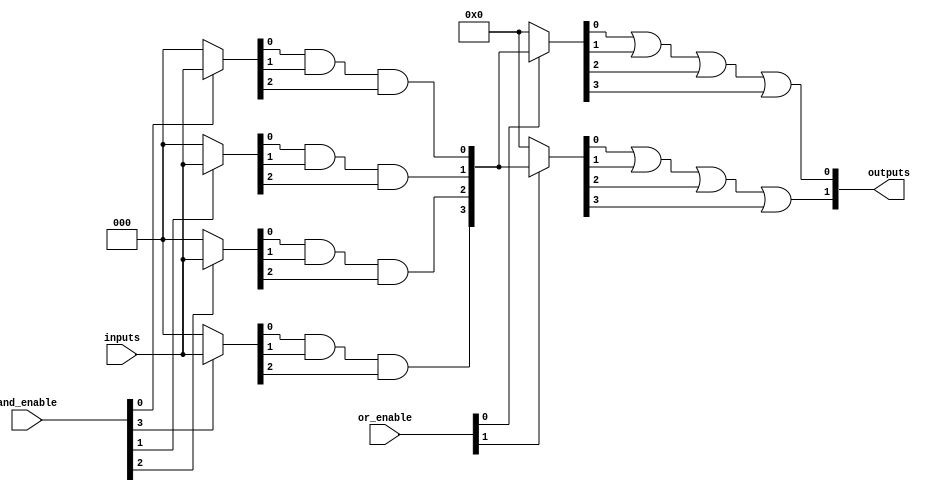
module PLA #(
    parameter NUM_INPUTS = 3,      // Number of inputs (A, B, C, etc.)
    parameter NUM_OUTPUTS = 2,     // Number of outputs (Y1, Y2, etc.)
    parameter NUM_AND_GATES = 4,    // Number of AND gates (product terms)
    parameter NUM_OR_GATES = 2      // Number of OR gates (outputs)
)(
    input wire [NUM_INPUTS-1:0] inputs, // Input signals (A, B, C, etc.)
    input wire [NUM_AND_GATES-1:0] and_enable, // Enable signals for AND gates
    input wire [NUM_OR_GATES-1:0] or_enable,   // Enable signals for OR gates
    output wire [NUM_OUTPUTS-1:0] outputs // Output signals (Y1, Y2, etc.)
);

// Internal wires for AND gate outputs
wire [NUM_AND_GATES-1:0] and_outputs;

// AND Plane: Programmable AND gates
genvar i, j;
generate
    for (i = 0; i < NUM_AND_GATES; i = i + 1) begin : and_gate
        wire [NUM_INPUTS-1:0] and_inputs;
        
        // Example: Configure AND gate inputs based on enable signals
        assign and_inputs = (and_enable[i]) ? inputs : {NUM_INPUTS{1'b0}};
        
        // AND gate logic (can be modified for specific logic)
        assign and_outputs[i] = and_inputs[0] & and_inputs[1] & and_inputs[2]; // Example: AND of all inputs
    end
endgenerate

// OR Plane: Programmable OR gates
generate
    for (j = 0; j < NUM_OR_GATES; j = j + 1) begin : or_gate
        wire [NUM_AND_GATES-1:0] or_inputs;
        
        // Example: Configure OR gate inputs based on enable signals
        assign or_inputs = (or_enable[j]) ? and_outputs : {NUM_AND_GATES{1'b0}};
        
        // OR gate logic (can be modified for specific logic)
        assign outputs[j] = or_inputs[0] | or_inputs[1] | or_inputs[2] | or_inputs[3]; // Example: OR of all AND outputs
    end
endgenerate

endmodule